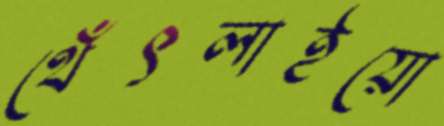
থেঁৎলাইয়ো